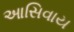
આસિવાય